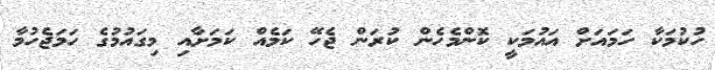
ހުކުމަކާ ހަމައަށް އައުމަކީ ކޮންމެހެން ކުރަން ޖެހޭ ކަމެއް ކަމަށާއި މިގައުމުގެ ހަމަޖެހުމާ